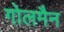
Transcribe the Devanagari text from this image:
गोलमैन